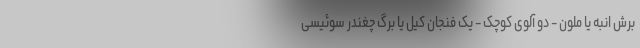
برش انبه یا ملون - دو آلوی کوچک - یک فنجان کیل یا برگ چغندر سوئیسی